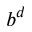
b ^ { d }